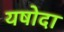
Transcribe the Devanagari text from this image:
यषोदा